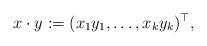
LaTeX: \begin{align*}x\cdot y := (x_1 y_1, \ldots, x_k y_k)^\top,\end{align*}